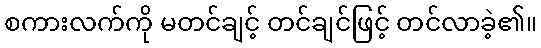
စကားလက်ကို မတင်ချင့် တင်ချင်ဖြင့် တင်လာခဲ့၏။